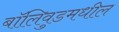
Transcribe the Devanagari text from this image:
बॉलिवुडमधील